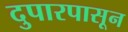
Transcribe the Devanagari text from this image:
दुपारपासून